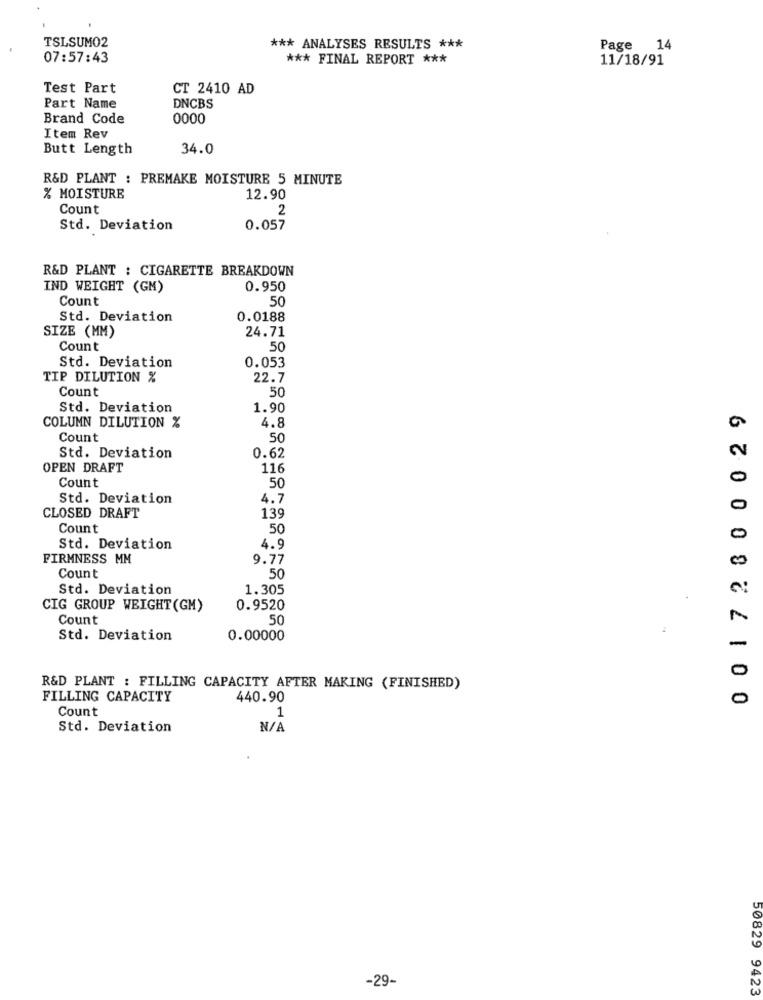
TSLSUM02
*** ANALYSES RESULTS ***
Page
14
07:57:43
*** FINAL REPORT ***
11/18/91
Test Part
CT 2410 AD
Part Name
DNCBS
Brand Code
0000
Item Rev
Butt Length
34.0
R&D PLANT : PREMAKE MOISTURE 5 MINUTE
% MOISTURE
12.90
Count
2
Std. Deviation
0.057
R&D PLANT : CIGARETTE BREAKDOWN
IND WEIGHT (GM)
0.950
Count
50
Std. Deviation
0.0188
SIZE (MM)
24.71
Count
50
Std. Deviation
0.053
TIP DILUTION %
22.7
Count
50
Std. Deviation
1.90
0 0172800029
4.8
COLUMN DILUTION %
Count
50
Std. Deviation
0.62
OPEN DRAFT
116
Count
50
Std. Deviation
4.7
CLOSED DRAFT
139
Count
50
0
Std. Deviation
4.9
FIRMNESS MM
9.77
Count
50
Std. Deviation
1.305
CIG GROUP WEIGHT (GM)
0.9520
Count
50
Std. Deviation
0.00000
R&D PLANT : FILLING CAPACITY AFTER MAKING (FINISHED)
FILLING CAPACITY
440.90
0
Count
1
Std. Deviation
-29-
50829 9423